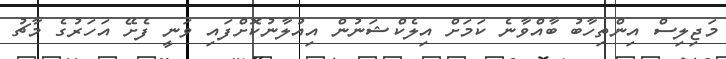
މަޖިލިސް އިންތިހާބު ބާއްވާނެ ކަމަށް އިލެކްޝަނުން އިއުލާނުކޮށްފައި ވަނީ ފެށޭ އަހަރުގެ މާޗު